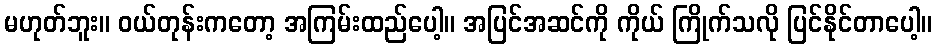
မဟုတ်ဘူး။ ဝယ်တုန်းကတော့ အကြမ်းထည်ပေါ့။ အပြင်အဆင်ကို ကိုယ် ကြိုက်သလို ပြင်နိုင်တာပေါ့။